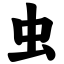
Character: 虫